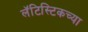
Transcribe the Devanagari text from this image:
लॅटिस्टिकच्या